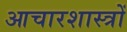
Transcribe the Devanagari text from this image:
आचारशास्त्रों